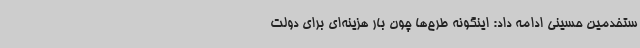
ستخدمین حسینی ادامه داد: اینگونه طرح‌ها چون بار هزینه‌ای برای دولت